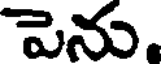
పెను.